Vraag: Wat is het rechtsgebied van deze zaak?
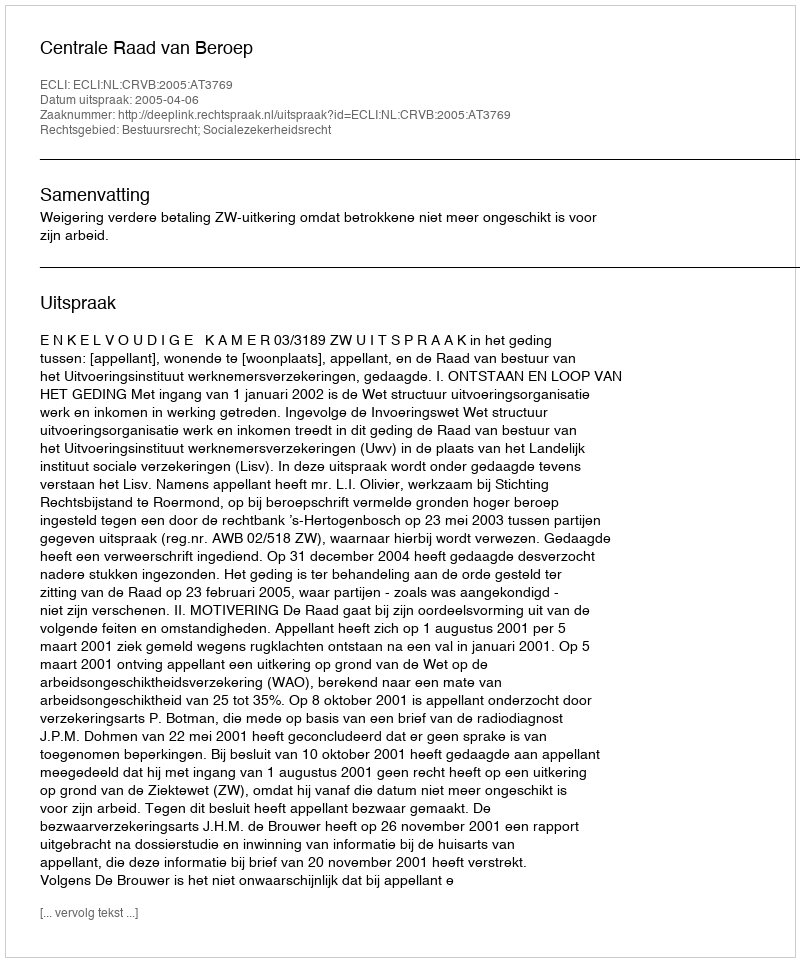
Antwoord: Bestuursrecht; Socialezekerheidsrecht